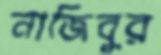
নাজিবুর